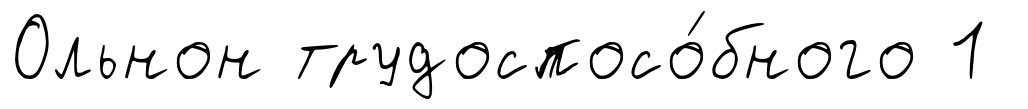
Ольнон трудоспосо́бного 1